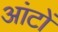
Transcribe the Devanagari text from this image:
आंटों